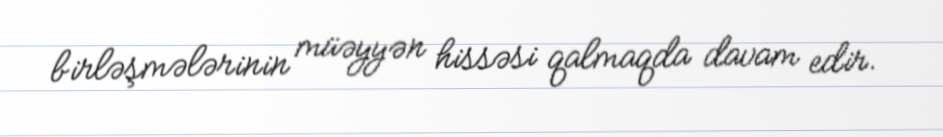
birləşmələrinin müəyyən hissəsi qalmaqda davam edir.